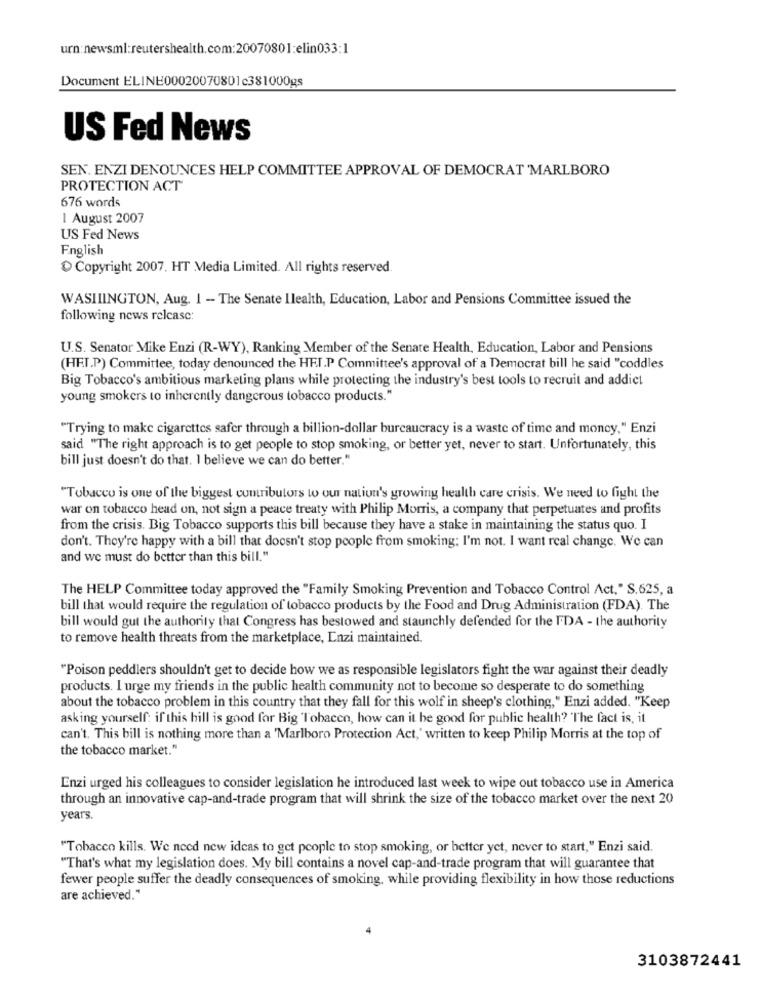
urn:newsml:reutershealth.com:20070801:elin033:1
Document ELINE00020070801c381000gs
US Fed News
SEN. ENZI DENOUNCES HELP COMMITTEE APPROVAL OF DEMOCRAT 'MARLBORO
PROTECTION ACT
676 words
I August 2007
US Fed News
English
Copyright 2007. HT Media Limited. All rights reserved.
WASHIINGTON, Aug. 1 - The Senate Ilealth, Education, Labor and Pensions Committee issued the
following news release:
U.S. Senator Mike Enzi (R-WY), Ranking Member of the Senate Health, Education, Labor and Pensions
(HET.P) Committee, today denounced the HEJ.P Committee's approval of a Democrat bill he said "coddles
Big Tobacco's ambitious marketing plans while protecting the industry's best tools to recruit and addict
young smokers to inherently dangerous tobacco products."
"Trying to make cigarettes safer through a billion-dollar bureaucracy is a waste of time and money," Enzi
said "The right approach is to get people to stop smoking, or better yet, never to start. Unfortunately, this
bill just doesn't do that. I believe we can do better."
"Tobacco is one of the biggest contributors to our nation's growing health care crisis. We need to fight the
war on tobacco head on, not sign a peace treaty with Philip Morris, a company that perpetuates and profits
from the crisis. Big Tobacco supports this bill because they have a stake in maintaining the status quo. I
don't. They're happy with a bill that doesn't stop people from smoking; I'm not. I want real change. We can
and we must do better than this bill."
The HELP Committee today approved the "Family Smoking Prevention and Tobacco Control Act," S.625, a
bill that would require the regulation of tobacco products by the Food and Drug Administration (FDA). The
bill would gut the authority that Congress has bestowed and staunchly defended for the FDA - the authority
to remove health threats from the marketplace, Enzi maintained.
"Poison peddlers shouldn't get to decide how we as responsible legislators fight the war against their deadly
products. I urge my friends in the public health community not to become so desperate to do something
about the tobacco problem in this country that they fall for this wolf in sheep's clothing," Enzi added. "Keep
asking yourself: if this bill is good for Big Tobacco, how can it be good for public health? "The fact is, it
can't. This bill is nothing more than a 'Marlboro Protection Act,' written to keep Philip Morris at the top of
the tobacco market."
Enzi urged his colleagues to consider legislation he introduced last week to wipe out tobacco use in America
through an innovative cap-and-trade program that will shrink the size of the tobacco market over the next 20
years.
"Tobacco kills. We need new ideas to get people to stop smoking, or better yet, never to start," Enzi said,
"That's what my legislation does. My bill contains a novel cap-and-trade program that will guarantee that
fewer people suffer the deadly consequences of smoking, while providing flexibility in how those reductions
are achieved."
3103872441